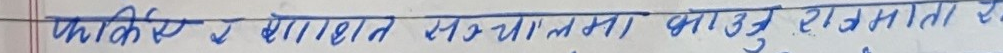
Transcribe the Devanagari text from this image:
फकिर र साहित सच्यालमा गाउ राजनाता र